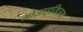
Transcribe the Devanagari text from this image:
मोज़ाइसिज़्म